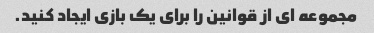
مجموعه ای از قوانین را برای یک بازی ایجاد کنید.